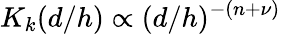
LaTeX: K_{k}(d/h)\propto(d/h)^{-(n+\nu)}